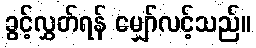
ခွင့်လွှတ်ရန် မျှော်လင့်သည်။